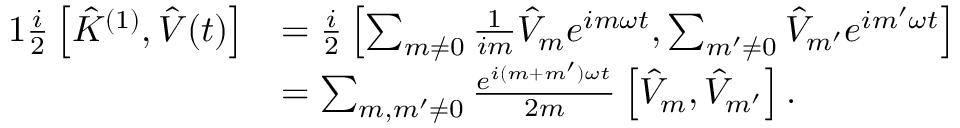
\begin{array} { r l } { { 1 } \frac { i } { 2 } \left[ \hat { K } ^ { ( 1 ) } , \hat { V } ( t ) \right] } & { = \frac { i } { 2 } \left[ \sum _ { m \neq 0 } \frac { 1 } { i m } \hat { V } _ { m } e ^ { i m \omega t } , \sum _ { m ^ { \prime } \neq 0 } \hat { V } _ { m ^ { \prime } } e ^ { i m ^ { \prime } \omega t } \right] } \\ & { = \sum _ { m , m ^ { \prime } \neq 0 } \frac { e ^ { i ( m + m ^ { \prime } ) \omega t } } { 2 m } \left[ \hat { V } _ { m } , \hat { V } _ { m ^ { \prime } } \right] . } \end{array}